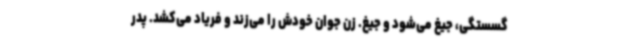
گسستگی، جیغ می‌شود و جیغ. زن جوان خودش را می‌زند و فریاد می‌کشد. پدر